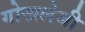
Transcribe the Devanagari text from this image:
गोखलेजी